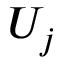
U _ { j }